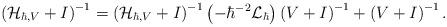
LaTeX: \begin{align*}\left(\mathcal{H}_{\hbar,V}+I\right)^{-1}=\left(\mathcal{H}_{\hbar,V}+I\right)^{-1}\left(-\hbar^{-2}\mathcal{L}_{\hbar}\right)\left(V+I\right)^{-1}+\left(V+I\right)^{-1}.\end{align*}